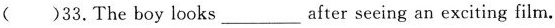
( )33. The boy looks ___ after seeing an exciting film.